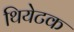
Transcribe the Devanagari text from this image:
थियेटक